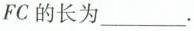
FC的长为___.